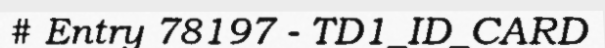
# Entry 78197 - TD1_ID_CARD